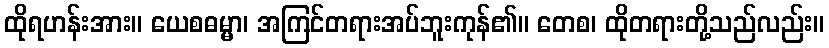
ထိုရဟန်းအား။ ယေစဓမ္မာ၊ အကြင်တရားအပ်ဘူးကုန်၏။ တေစ၊ ထိုတရားတို့သည်လည်း။